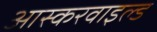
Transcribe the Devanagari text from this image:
आस्करवाइल्ड